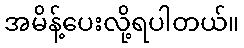
အမိန့်ပေးလို့ရပါတယ်။